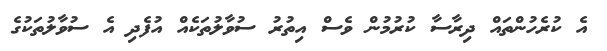
އެ ކުރެހުންތައް ދިރާސާ ކުރުމުން ވެސް އިތުރު ސުވާލުތަކެއް އުފެދި އެ ސުވާލުތަކުގެ